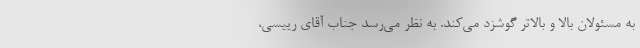
به مسئولان بالا و بالاتر گوشزد می‌کند. به نظر می‌رسد جناب آقای رییسی،